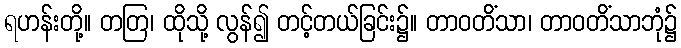
ရဟန်းတို့။ တတြ၊ ထိုသို့ လွန်၍ တင့်တယ်ခြင်း၌။ တာဝတိံသာ၊ တာဝတိံသာဘုံ၌